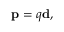
\mathbf { p } = q \mathbf { d } ,